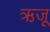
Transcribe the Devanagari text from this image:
ऋजू